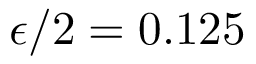
\epsilon / 2 = 0 . 1 2 5